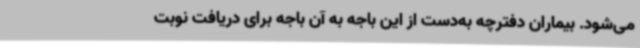
می‌شود. بیماران دفترچه به‌دست از این باجه به آن باجه برای دریافت نوبت